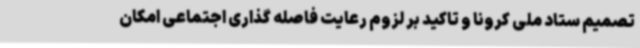
تصمیم ستاد ملی کرونا و تاکید بر لزوم رعایت فاصله گذاری اجتماعی امکان